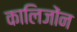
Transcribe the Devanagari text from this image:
कालिजोंन